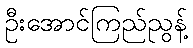
ဦးအောင်ကြည်ညွန့်